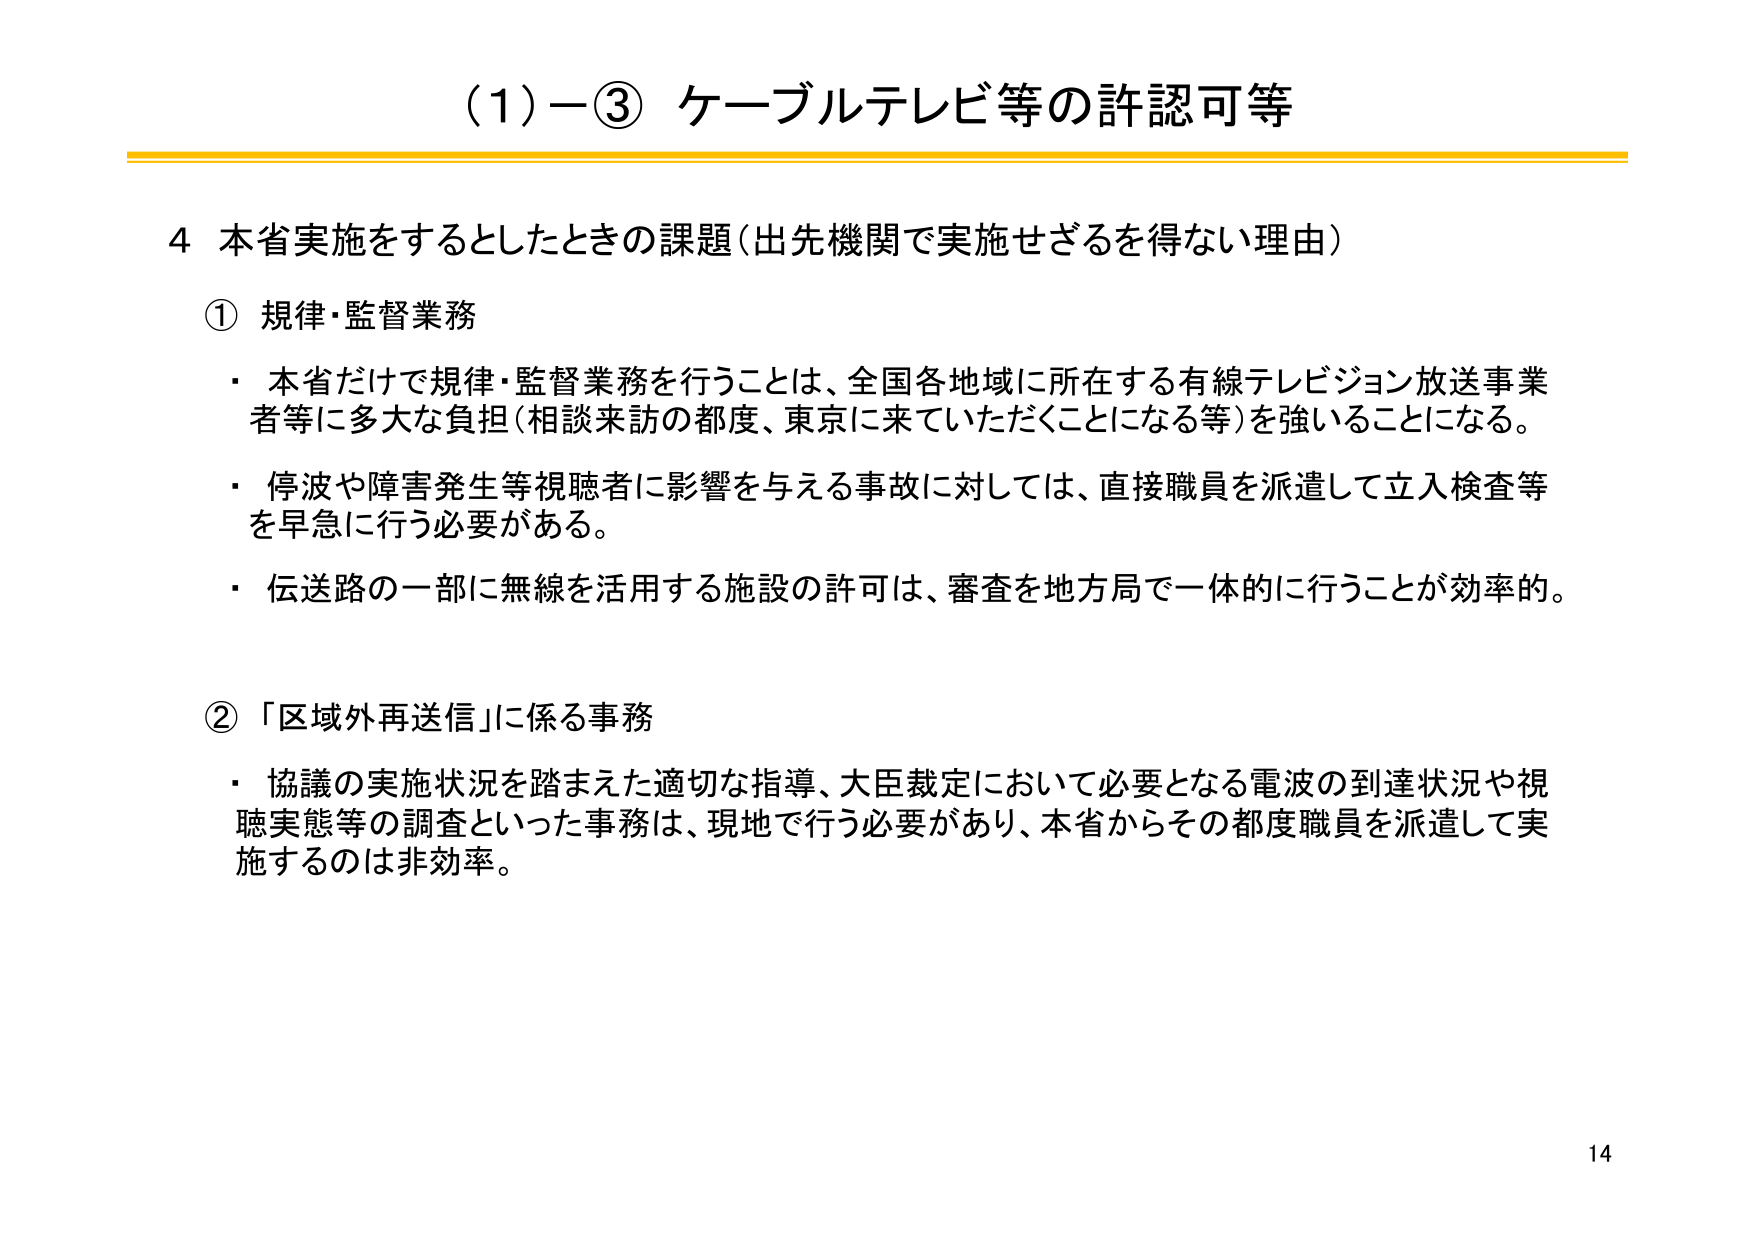
（1）－③ ケーブルテレビ等の許認可等

4 本省実施をするとしたときの課題（出先機関で実施せざるを得ない理由）

① 規律・監督業務
・ 本省だけで規律・監督業務を行うことは、全国各地域に所在する有線テレビジョン放送事業者等に多大な負担（相談来訪の都度、東京に来ていただくことになる等）を強いることになる。
・ 停波や障害発生等視聴者に影響を与える事故に対しては、直接職員を派遣して立入検査等を早急に行う必要がある。
・ 伝送路の一部に無線を活用する施設の許可は、審査を地方局で一体的に行うことが効率的。

② 「区域外再送信」に係る事務
・ 協議の実施状況を踏まえた適切な指導、大臣裁定において必要となる電波の到達状況や視聴実態等の調査といった事務は、現地で行う必要があり、本省からその都度職員を派遣して実施するのは非効率。

14